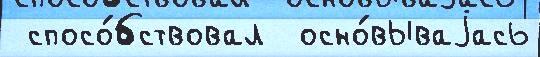
 спосо́бствовал  осно́вываjась